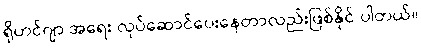
ရိုဟင်ဂျာ အရေး လုပ်ဆောင်ပေးနေတာလည်းဖြစ်နိုင် ပါတယ်။